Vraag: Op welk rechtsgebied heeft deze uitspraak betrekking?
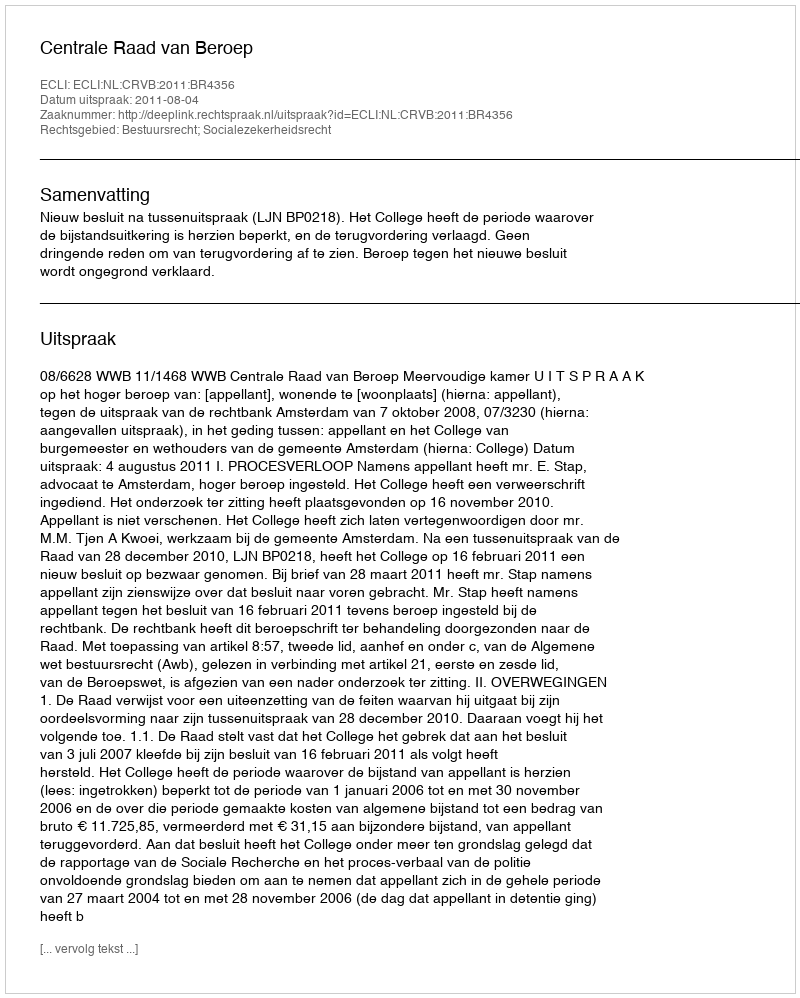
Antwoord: Bestuursrecht; Socialezekerheidsrecht